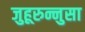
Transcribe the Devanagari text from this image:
जुहूरुन्नुसा